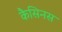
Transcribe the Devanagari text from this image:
कैसिनस